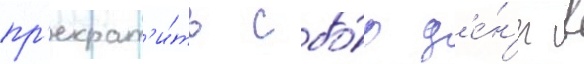
пр'екрат'и́ть сбо́р д'е́н'ег в